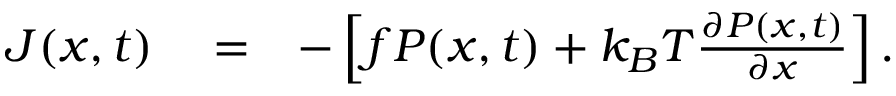
\begin{array} { r l r } { J ( x , t ) } & { { } = } & { - \left[ f P ( x , t ) + k _ { B } T { \frac { \partial P ( x , t ) } { \partial x } } \right] . } \end{array}